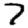
Digit: 7